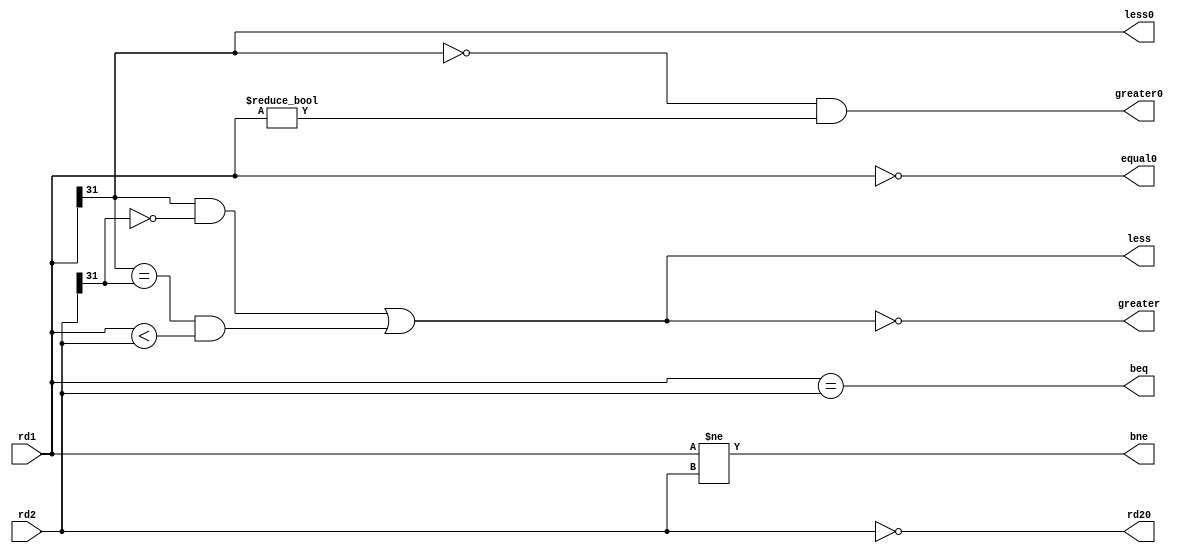
`timescale 1ns / 1ps
//////////////////////////////////////////////////////////////////////////////////
// Company: 
// Engineer: 
// 
// Design Name: 
// Module Name:    cmp 
// Project Name: 
// Target Devices: 
// Tool versions: 
// Description: 
//
// Dependencies: 
//
// Revision: 
// Revision 0.01 - File Created
// Additional Comments: 
//
//////////////////////////////////////////////////////////////////////////////////
`define rd1_less_rd2 (rd1[31]==1&&rd2[31]==0)||(rd1[31]==rd2[31]&&rd1<rd2)
module cmp(
    input [31:0] rd1,
    input [31:0] rd2,
    output beq,
	 output bne,
	 output greater,
	 output less,
	 output greater0,
	 output less0,
	 output equal0,
	 output rd20
    );
	assign bne = (rd1!=rd2);
	assign greater0 = (rd1[31]==0&&rd1!=0);
	assign less0 = (rd1[31]==1);
	assign equal0 = (rd1==0);
	assign greater = !(`rd1_less_rd2);
	assign less = (`rd1_less_rd2);
	assign beq  = (rd1==rd2);
	assign rd20 = (rd2==0);

endmodule